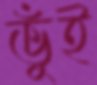
ভুঁই